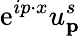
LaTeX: \mathrm{e}^{ip\cdot x}u_{\textbf{p}}^{s}